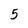
Character: 5